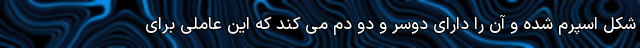
شکل اسپرم شده و آن را دارای دوسر و دو دم می کند که این عاملی برای